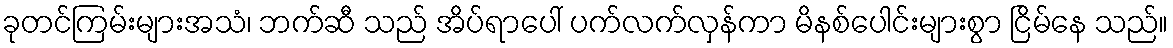
ခုတင်ကြမ်းများအသံ၊ ဘက်ဆီ သည် အိပ်ရာပေါ် ပက်လက်လှန်ကာ မိနစ်ပေါင်းများစွာ ငြိမ်နေ သည်။